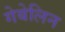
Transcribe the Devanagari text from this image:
गेबेलिन